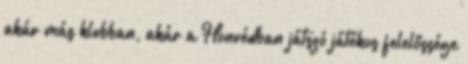
akár más klubban, akár a Honvédban játszó játékos felelőssége